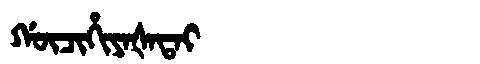
Manchu: ᡤᡡᠴᡳᡥᡳᠶᠠᡧᠠᡨᠠᡳ
Romanization: GŪCIHIYAŠATAI